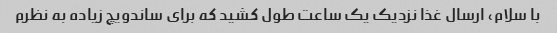
با سلام، ارسال غذا نزدیک یک ساعت طول کشید که برای ساندویچ زیاده به نظرم